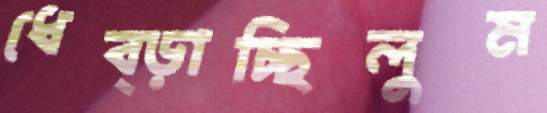
ধেব্‌ড়াচ্ছিলুম